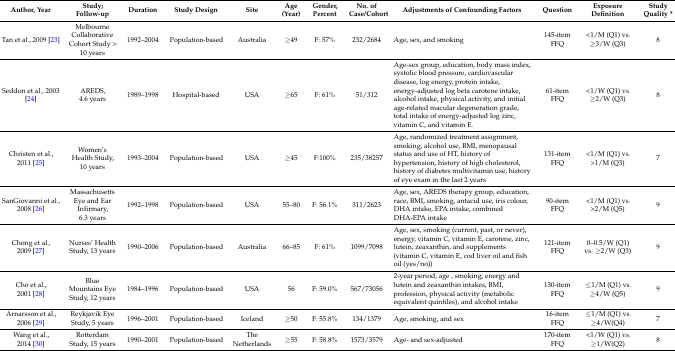
<table><thead><tr><td><b>Author, Year</b></td><td><b>Study; Follow-up </b></td><td><b>Duration</b></td><td><b>Study Design</b></td><td><b>Site</b></td><td><b>Age (Year)</b></td><td><b>Gender, Percent</b></td><td><b>No. of Case/Cohort</b></td><td><b>Adjustments of Confounding Factors</b></td><td><b>Question</b></td><td><b>Exposure Definition</b></td><td><b>Study Quality *</b></td></tr></thead><tbody><tr><td>Tan et al., 2009 [23]</td><td>Melbourne Collaborative Cohort Study &gt; 10 years</td><td>1992–2004</td><td>Population-based</td><td>Australia</td><td>≥49</td><td>F: 57%</td><td>232/2684</td><td>Age, sex, and smoking</td><td>145-item FFQ</td><td>&lt;1/M (Q1) vs. ≥3/W (Q3)</td><td>8</td></tr><tr><td>Seddon et al., 2003 [24]</td><td>AREDS, 4.6 years</td><td>1989–1998</td><td>Hospital-based</td><td>USA</td><td>≥65</td><td>F: 61%</td><td>51/312</td><td>Age-sex group, education, body mass index, systolic blood pressure, cardiovascular disease, log energy, protein intake, energy-adjusted log beta carotene intake, alcohol intake, physical activity, and initial age-related macular degeneration grade, total intake of energy-adjusted log zinc, vitamin C, and vitamin E.</td><td>61-item FFQ</td><td>&lt;1/W (Q1) vs. ≥2/W (Q3)</td><td>8</td></tr><tr><td>Christen et al., 2011 [25]</td><td>Women’s Health Study, 10 years</td><td>1993–2004</td><td>Population-based</td><td>USA</td><td>≥45</td><td>F:100%</td><td>235/38257</td><td>Age, randomized treatment assignment, smoking, alcohol use, BMI, menopausal status and use of HT, history of hypertension, history of high cholesterol, history of diabetes multivitamin use, history of eye exam in the last 2 years</td><td>131-item FFQ</td><td>&lt;1/M (Q1) vs. &gt;1/M (Q3)</td><td>7</td></tr><tr><td>SanGiovanni et al., 2008 [26]</td><td>Massachusetts Eye and Ear Infirmary, 6.3 years</td><td>1992–1998</td><td>Population-based</td><td>USA</td><td>55–80</td><td>F: 56.1%</td><td>311/2623</td><td>Age, sex, AREDS therapy group, education, race, BMI, smoking, antacid use, iris colour, DHA intake, EPA intake, combined DHA-EPA intake</td><td>90-item FFQ</td><td>&lt;1/M (Q1) vs. &gt;2/M (Q5)</td><td>9</td></tr><tr><td>Chong et al., 2009 [27]</td><td>Nurses’ Health Study, 13 years</td><td>1990–2006</td><td>Population-based</td><td>Australia</td><td>66–85</td><td>F: 61%</td><td>1099/7098</td><td>Age, sex, smoking (current, past, or never), energy, vitamin C, vitamin E, carotene, zinc, lutein, zeaxanthin, and supplements (vitamin C, vitamin E, cod liver oil and fish oil (yes/no))</td><td>121-item FFQ</td><td>0–0.5/W (Q1) vs. ≥2/W (Q3)</td><td>9</td></tr><tr><td>Cho et al., 2001 [28]</td><td>Blue Mountains Eye Study, 12 years</td><td>1984–1996</td><td>Population-based</td><td>USA</td><td>56</td><td>F: 59.0%</td><td>567/73056</td><td>2-year period, age , smoking, energy and lutein and zeaxanthin intakes, BMI, profession, physical activity (metabolic equivalent quintiles), and alcohol intake</td><td>130-item FFQ</td><td>≤1/M (Q1) vs. ≥4/W (Q5)</td><td>9</td></tr><tr><td>Arnarsson et al., 2006 [29]</td><td>Reykjavik Eye Study, 5 years</td><td>1996–2001</td><td>Population-based</td><td>Iceland</td><td>≥50</td><td>F: 55.8%</td><td>134/1379</td><td>Age, smoking, and sex</td><td>16-item FFQ</td><td>≤1/M (Q1) vs. ≥4/W(Q4)</td><td>7</td></tr><tr><td>Wang et al., 2014 [30]</td><td>Rotterdam Study, 15 years</td><td>1990–2001</td><td>Population-based</td><td>The Netherlands</td><td>≥55</td><td>F: 58.8%</td><td>1573/3579</td><td>Age- and sex-adjusted</td><td>170-item FFQ</td><td>&lt;1/W (Q1) vs. ≥1/W(Q2)</td><td>8</td></tr></tbody></table>